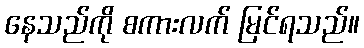
နေသည်ကို စကားလက် မြင်ရသည်။